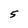
Character: 5